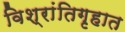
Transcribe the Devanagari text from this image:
विश्रांतिगृहात